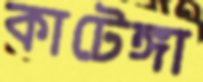
কাটেঙ্গা